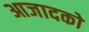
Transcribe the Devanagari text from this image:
आजादको